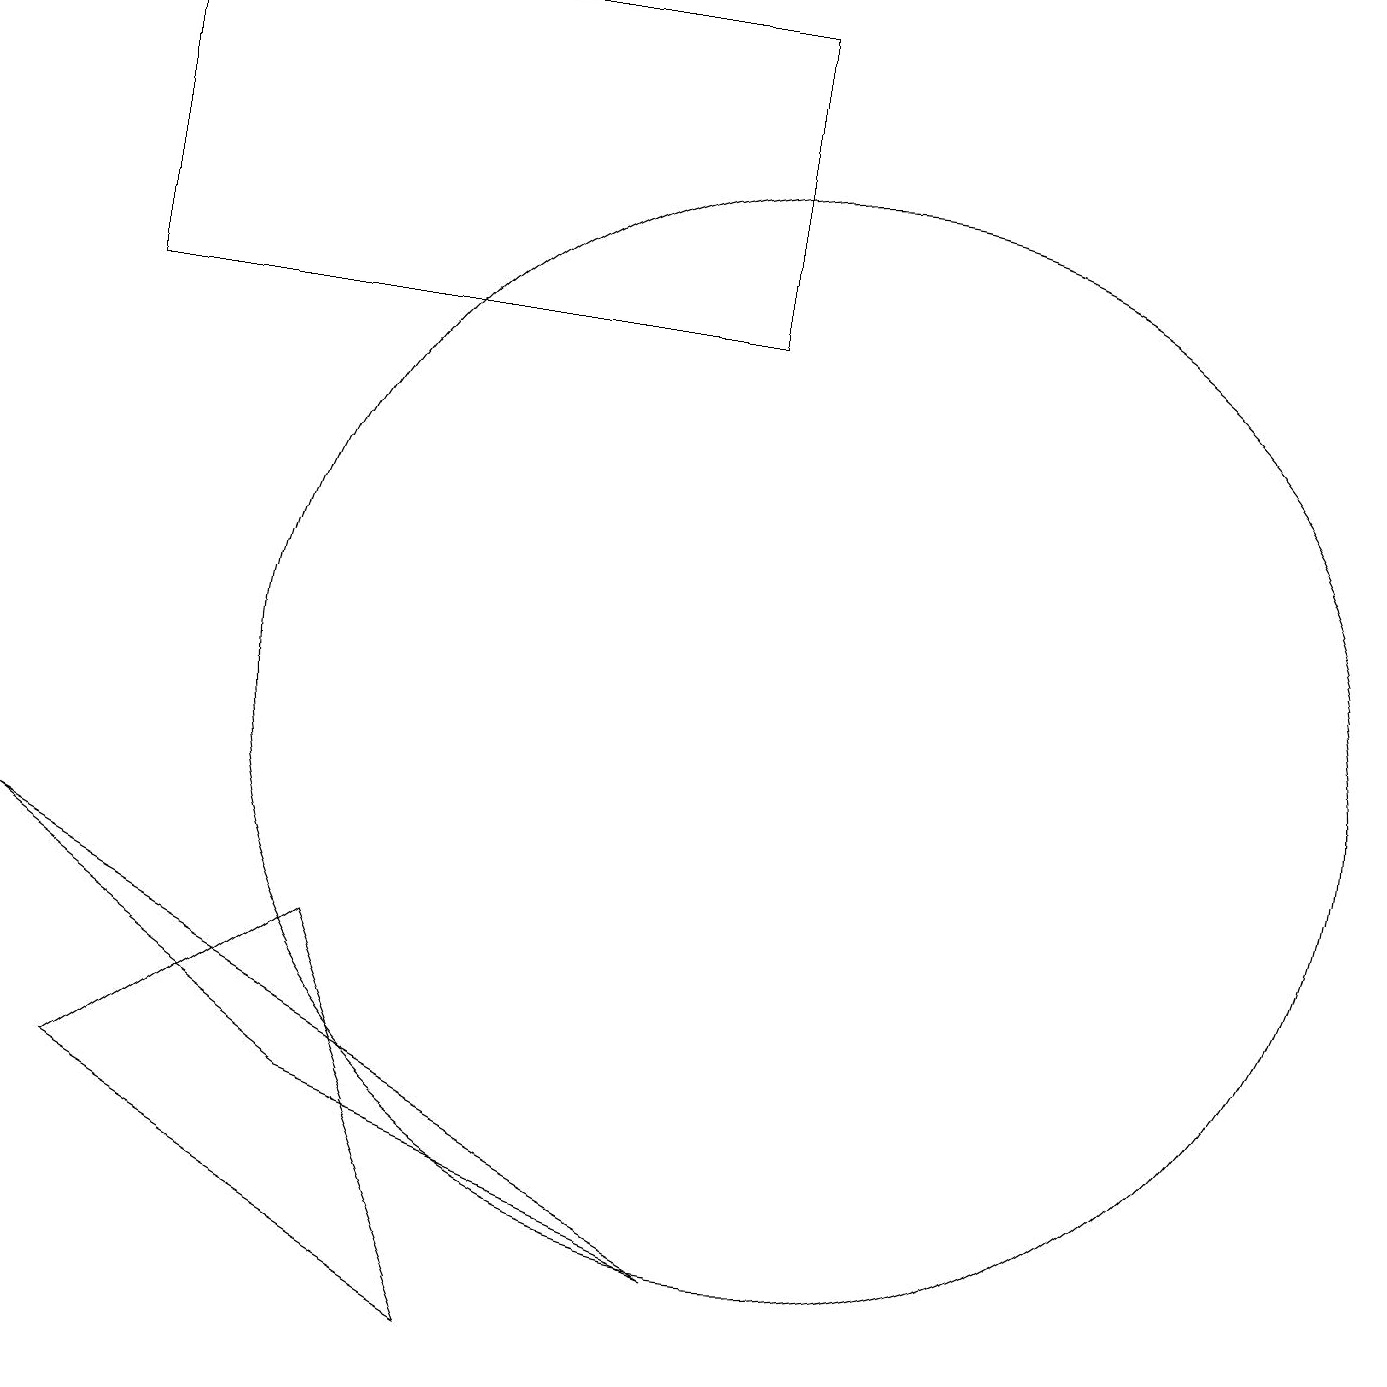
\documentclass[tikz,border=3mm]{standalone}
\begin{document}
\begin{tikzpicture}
\draw (10,10) circle (7);
\draw (9,3) -- (0,8) -- (4,5) -- cycle;
\draw (1,19) rectangle (9,15);
\draw (6,2) -- (1,5) -- (4,7) -- cycle;
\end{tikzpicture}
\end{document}